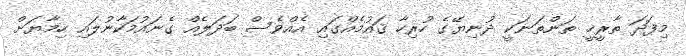
މިފަދަ ތާރީޚީ ތަންތަނަކީ ދުނިޔޭގެ ހުރިހާ ޤައުމެއްގައި އެއްވެސް ބަދަލެއް ގެނައުމަކާނުލައި ހިމާޔަށް